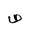
Letter: _sad